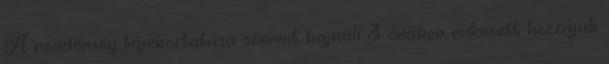
A rendőrség tájékoztatása szerint hajnali 3 órakor érkezett hozzájuk